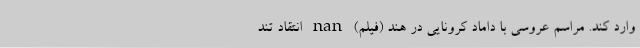
وارد کند. مراسم عروسی با داماد کرونایی در هند (فیلم) nan انتقاد تند